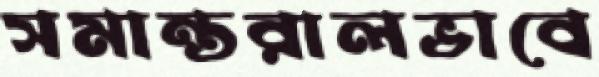
সমান্তরালভাবে